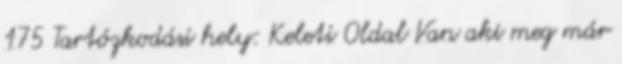
175 Tartózkodási hely: Keleti Oldal Van aki meg már